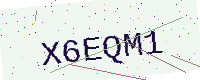
Text: X6EQM1